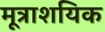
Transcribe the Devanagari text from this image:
मूत्राशयिक